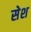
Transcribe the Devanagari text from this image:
सेश